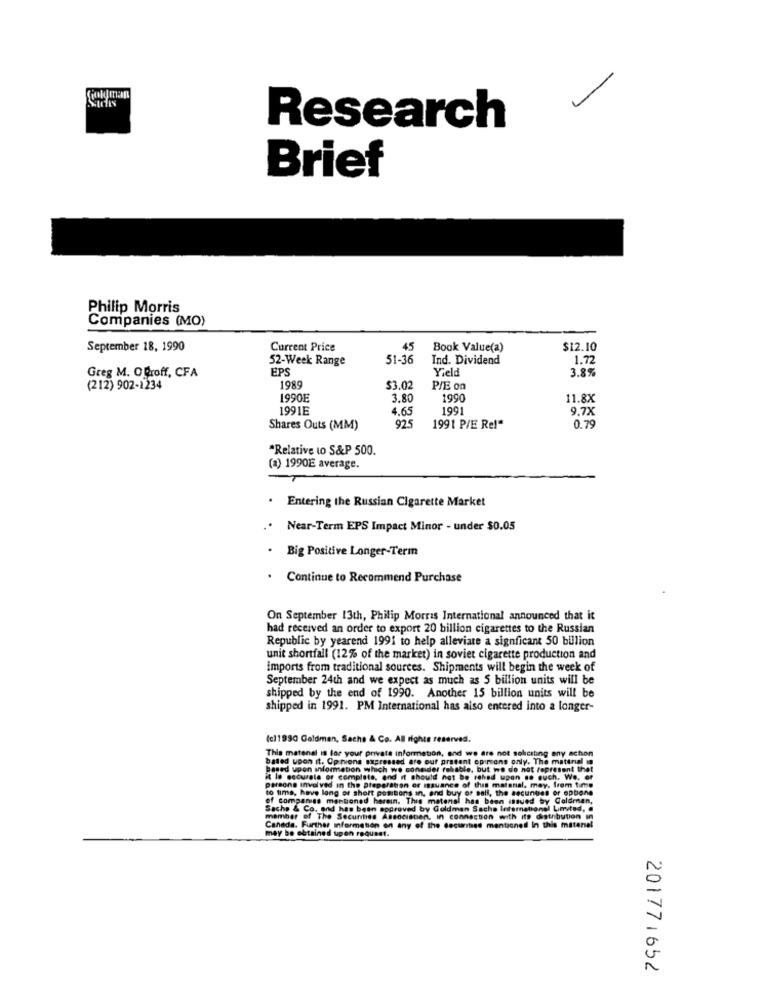
Cioldman
Research
Brief
Philip Morris
Companies (MO)
September 18, 1990
Current Price
45
Book Value(a)
$12.10
52-Week Range
51-36
Ind. Dividend
1.72
EPS
Yield
3.8%
Greg M. OProff, CFA
(212) 902-1234
1989
$3.02
P/E on
1990E
3.80
1990
11.8X
1991E
4.65
1991
9.7X
Shares Outs (MM)
925
1991 P/E Re!"
0.79
"Relative to S&P 500.
(a) 1990E average.
. Entering the Russian Cigarette Market
Near-Term EPS Impact Minor - under $0.05
Big Positive Longer-Term
. Continue to Recommend Purchase
On September 13th, Philip Morris International announced that it
had received an order to export 20 billion cigarettes to the Russian
Republic by yearend 1991 to help alleviate a signficant 50 billion
unit shortfall (12% of the market) in soviet cigarette production and
imports from traditional sources. Shipments will begin the week of
September 24th and we expect as much as 5 billion units will be
shipped by the end of 1990. Another 15 billion units will be
shipped in 1991. PM International has also entered into a longer-
(c)1990 Goldman, Sachs & Co. All rights reserved.
This matenal is for your private information, and we are not soliciting any action
based upon it. Options expressed are our present opinione only. The material in
based upon information which we consider robable, but we do not represent thet
it Is accurate er complete, and it should not be rehvad upan so such. We. of
persone involved in the Drepersson or issuance of this matenal, may. frem time
to time, have long or short positions in, and buy or sell, the secuntes er epbons
of comparse mentioned herein. The matenal has been issued by Goldman,
Sache & Co. and has been approved by Goldman Sachs International Limited, a
member of The Securities Associsten, in connection with its distribution in
Canada. Further Information on any of the securities mentionedl In this matenel
may be obtained upon request.
201771652